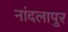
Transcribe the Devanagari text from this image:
नांदलापुर